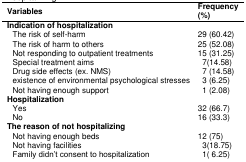
| Variables | Frequency (%) |
 | --- | --- |
 | Indication of hospitalization |  |
 | The risk of self-harm | 29 (60.42) |
 | The risk of harm to others | 25 (52.08) |
 | Not responding to outpatient treatments | 15 (31.25) |
 | Special treatment aims | 07(14.58) |
 | Drug side effects (ex. NMS) | 07 (14.58) |
 | existence of environmental psychological stresses | 03 (6.25) |
 | Not having enough support | 01 (2.08) |
 | Hospitalization |  |
 | Yes | 32 (66.7) |
 | No | 16 (33.3) |
 | The reason of not hospitalizing |  |
 | Not having enough beds | 12 (75) |
 | Not having facilities | 03(18.75) |
 | Family didn’t consent to hospitalization | 01( 6.25) |